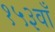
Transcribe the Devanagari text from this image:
१५३वाँ